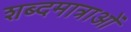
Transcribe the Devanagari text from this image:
शब्दमात्राओं